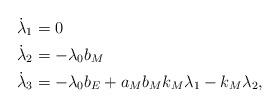
LaTeX: \begin{align*} \dot \lambda_1 &= 0 \\ \dot \lambda_2 &= - \lambda_0 b_M \\ \dot \lambda_3 &= - \lambda_0 b_E + a_M b_M k_M \lambda_1 - k_M \lambda_2,\end{align*}